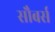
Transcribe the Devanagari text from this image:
सौबर्स